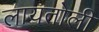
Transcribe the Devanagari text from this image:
लायतोली